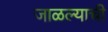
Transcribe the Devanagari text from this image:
जाळल्याची